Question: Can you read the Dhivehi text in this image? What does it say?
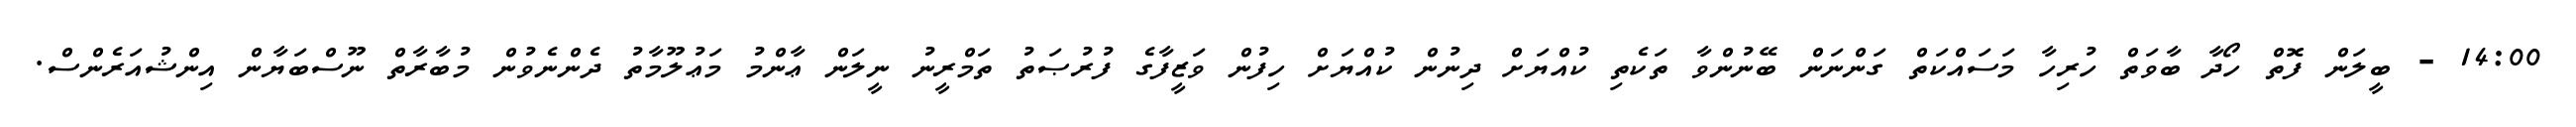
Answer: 14:00 - ބީލަން ފޮތް ހޯދާ ބާވަތް ހުރިހާ މަސައްކަތް ގަންނަން ބޭނުންވާ ތަކެތި ކުއްޔަށް ދިނުން ކުއްޔަށް ހިފުން ވަޒީފާގެ ފުރުޞަތު ތަމްރީނު ނީލަން ޢާންމު މަޢުލޫމާތު ދެންނެވުން މުބާރާތް ނޫސްބަޔާން އިންޝުއަރެންސް.